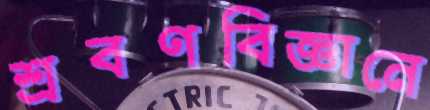
শ্রবণবিজ্ঞানে